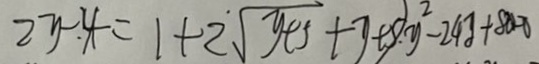
2 y - 4 = 1 + 2 \sqrt { y + 5 } + y + 5 . y ^ { 2 } - 2 4 y + 8 0 - 0